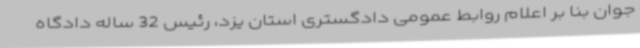
جوان بنا بر اعلام روابط عمومی دادگستری استان یزد، رئیس 32 ساله دادگاه